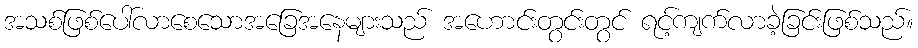
အသစ်ဖြစ်ပေါ်လာစေသောအခြေအနေများသည် အဟောင်းတွင်းတွင် ရင့်ကျက်လာခဲ့ခြင်းဖြစ်သည်။